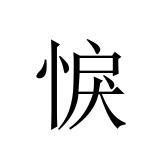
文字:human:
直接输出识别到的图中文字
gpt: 悷